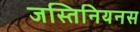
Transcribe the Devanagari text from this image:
जस्तिनियनस